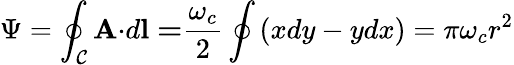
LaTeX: \Psi=\oint_{\mathcal{C}}\mathbf{A\cdot}d\mathbf{l=}\frac{\omega_{c}}{2}\oint\left(xdy-ydx\right)=\pi\omega_{c}r^{2}